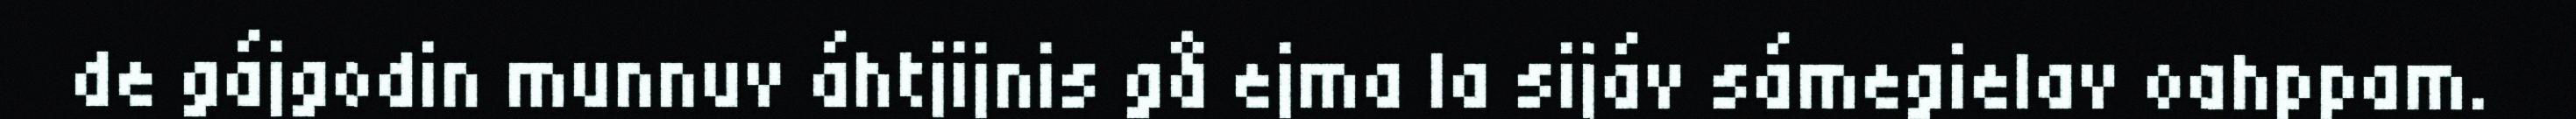
de gájgodin munnuv áhtjijnis gå ejma la sijáv sámegielav oahppam.